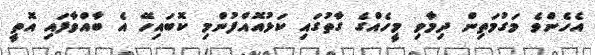
އެހެންވެ މަގުމަތިން ދިމާވި މީހެއްގެ ގާތުގައި ކަޅުއޮއްފުންމި ކޮބައިހޭ އެ ބާއްވާފައި އޮތީ